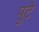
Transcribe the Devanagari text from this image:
पुटे